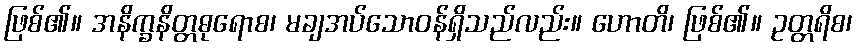
ဖြစ်၏။ အနိက္ခနိတ္တဓုရောစ၊ မချအပ်သောဝန်ရှိသည်လည်း။ ဟောတိ၊ ဖြစ်၏။ ဥတ္တရိစ၊